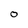
Character: O